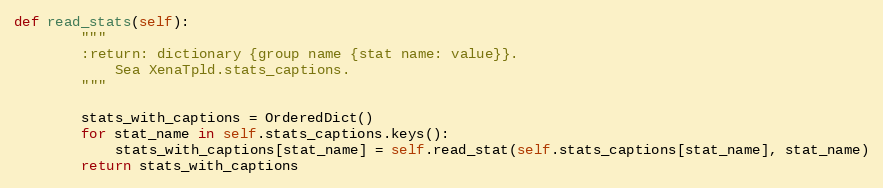
Language: Python
def read_stats(self):
        """
        :return: dictionary {group name {stat name: value}}.
            Sea XenaTpld.stats_captions.
        """

        stats_with_captions = OrderedDict()
        for stat_name in self.stats_captions.keys():
            stats_with_captions[stat_name] = self.read_stat(self.stats_captions[stat_name], stat_name)
        return stats_with_captions